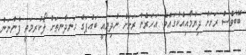
ބޭބެވެސް ރަށަށް ދިޔުމާއިއެކުގައެވެ. އަހަރެން ރަށަށް ނުދިޔައީ ބައްޕަގެ ހަނދާނތަށް ލޯކުރިމަތީ ފެންނަން